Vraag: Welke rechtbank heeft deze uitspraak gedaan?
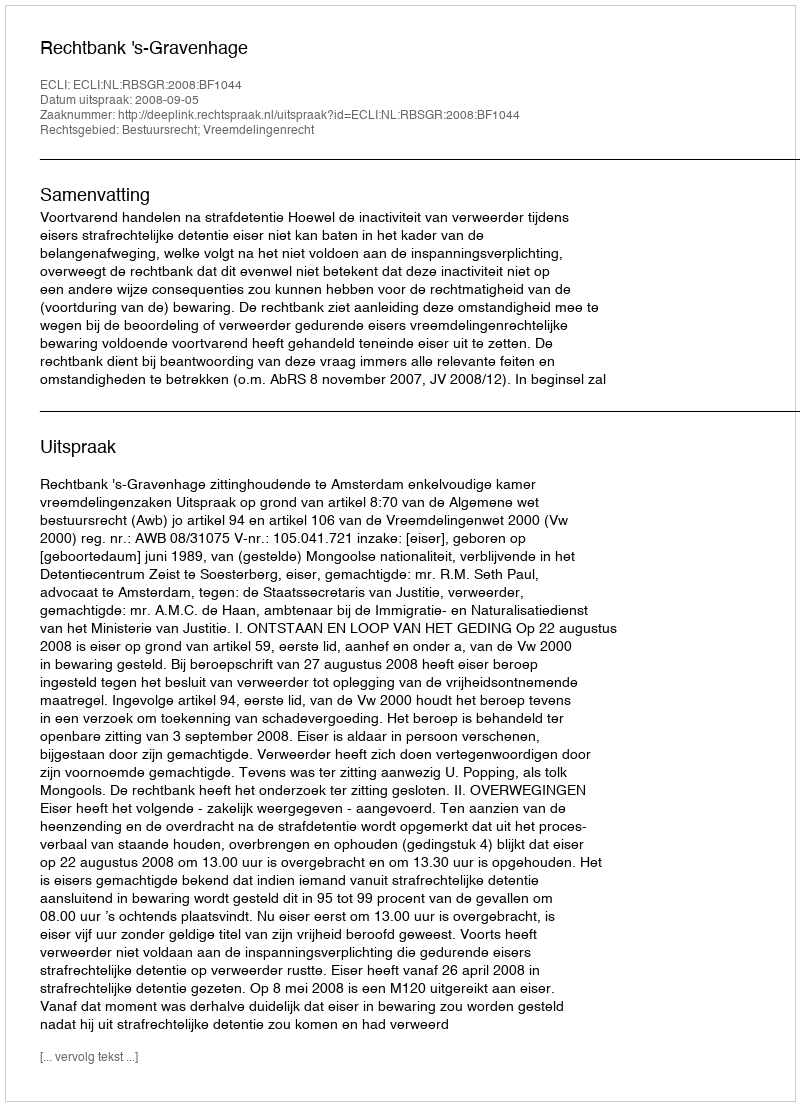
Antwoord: Rechtbank 's-Gravenhage